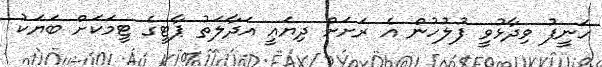
ހަނީފު ވިދާޅުވީ ފުލުހުން އެ ރަށަށް ދިޔައީ އަދާލަތު ޕާޓީގެ ޓީމަކަށް ބަޔަކު